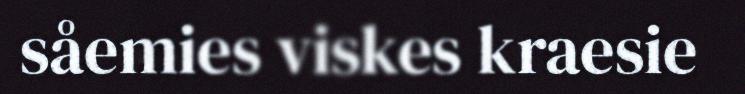
såemies viskes kraesie